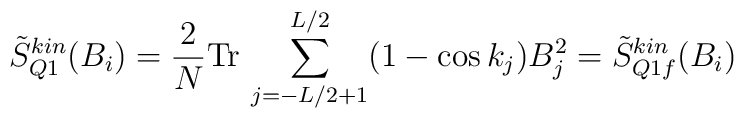
\tilde{S}_{Q1}^{kin} (B_i ) =\frac{2}{N} \mbox{Tr} \, \sum_{j=-L/2 +1}^{L/2} (1-\cos k_j ) B_j^2=\tilde{S}_{Q1f}^{kin} (B_i )